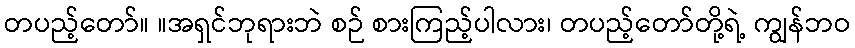
တပည့်တော်။ ။အရှင်ဘုရားဘဲ စဉ် စားကြည့်ပါလား၊ တပည့်တော်တို့ရဲ့ ကျွန်ဘဝ